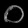
Digit: ၀